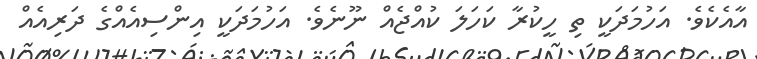
އާއެކެވެ. އަހުމަދަކީ ތި ހީކުރާ ކަހަލަ ކުއްޖެއް ނޫނެވެ. އަހުމަަދަކީ އިންސިއެއްގެ ދަރިއެއް